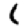
Digit: 1